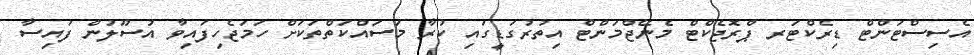
އެސިސްޓަންޓް ޑިރެކްޓަރ ޕްރޮޖެކްޓް މެނޭޖްމަންޓް އިތުރުގަޑީގައި ކުރާ މަސައްކަތްތަކަށް ހަމަޖެހިފައިވާ އުސޫލުން ފައިސާ